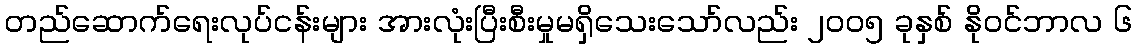
တည်ဆောက်ရေးလုပ်ငန်းများ အားလုံးပြီးစီးမှုမရှိသေးသော်လည်း ၂၀၀၅ ခုနှစ် နိုဝင်ဘာလ ၆